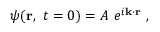
\psi ( \mathbf { r } , \ t = 0 ) = A \ e ^ { i \mathbf { k \cdot r } } \ ,